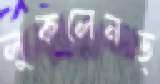
লুকলেনড্